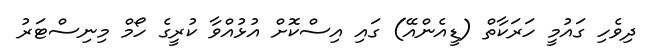
ދިވެހި ގައުމީ ހަރަކާތް (ޑީއެންއޭ) ގައި އިސްކޮށް އުޅުއްވާ ކުރީގެ ހޯމް މިނިސްޓަރު